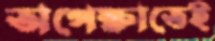
অপেক্ষাতেই